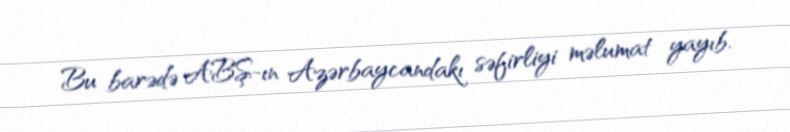
Bu barədə ABŞ-ın Azərbaycandakı səfirliyi məlumat yayıb.